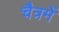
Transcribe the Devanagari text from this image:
चैत्रमें